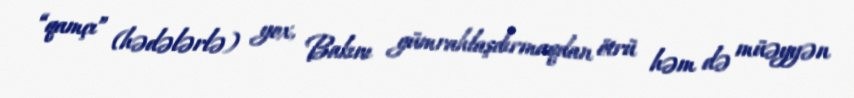
“qamçı” (hədələrlə) yox, Bakını gümrahlaşdırmaqdan ötrü həm də müəyyən